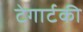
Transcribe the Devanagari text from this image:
टेगार्टकी